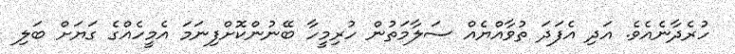
ހުރެދާނެއެވެ. އަދި އެފަދަ ތުވާއްޔެއް ސަލާމަތުން ހުރިމީހާ ބޭނުންކޮށްފިނަމަ އެމީހެއްގެ ގަޔަށް ބަލި